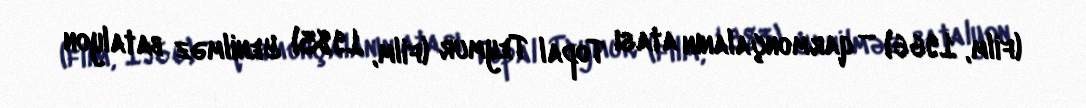
(film, 1966) – qarmonçalanın atası Topal Teymur (film, 1983) Yenilməz batalyon